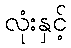
လုံးနှင့်